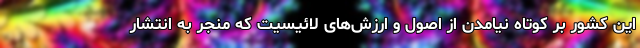
این کشور بر کوتاه نیامدن از اصول و ارزش‌های لائیسیت که منجر به انتشار